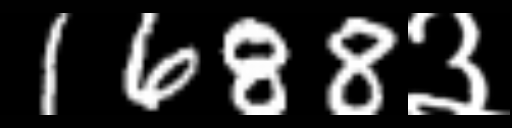
Text: 1688३